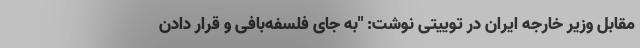
مقابل وزیر خارجه ایران در توییتی نوشت: "به جای فلسفه‌بافی و قرار دادن